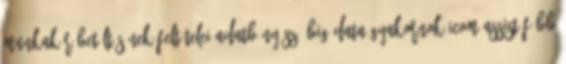
Munkakör betöltésének feltételei Adatbányász Big data gyakornok iCOM Assist Főbb